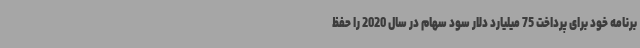
برنامه خود برای پرداخت 75 میلیارد دلار سود سهام در سال 2020 را حفظ